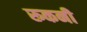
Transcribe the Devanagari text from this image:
रूकनी